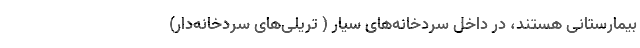
بیمارستانی هستند، در داخل سردخانه‌های سیار ( تریلی‌های سردخانه‌دار)